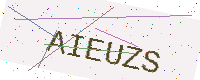
Text: AIEUZS